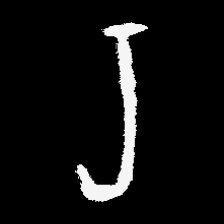
Pyu character \u2014 Myanmar letter: ရ (romanized: ra)